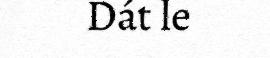
Dát le